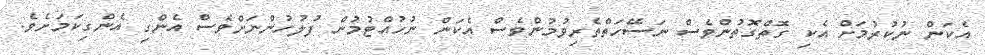
އެކަން ނުކުރުމަށް އެކި ގޮތްގޮތުންވެސް ނަސޭހަތްތެރިވުމުންވެސް އެކަން ނުހުއްޓުމުން ފުލުހުންނަށްވެސް އެންގި އެންގިކަމަށެވެ.